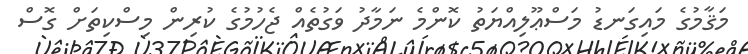
މަޤާމުގެ މައިގަނޑު މަސްޢޫލިއްޔަތު ކޮންމެ ނަމާދު ވަގުތެއް ޖެހުމުގެ ކުރިން މިސްކިތަށް ގޮސް